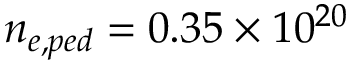
n _ { e , p e d } = 0 . 3 5 \times 1 0 ^ { 2 0 }